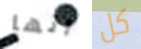
أنها كل